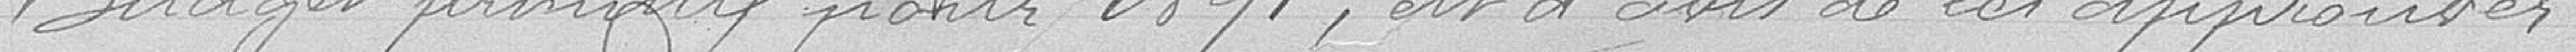
budget primitif pour 1891, est d'avis de les approuver.